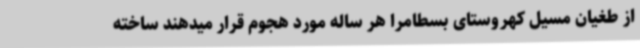
از طغیان مسیل کهروستای بسطامرا هر ساله مورد هجوم قرار میدهند ساخته